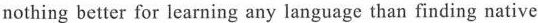
nothing better for learning any language than finding native